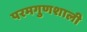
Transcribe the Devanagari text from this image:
परमगुणशाली